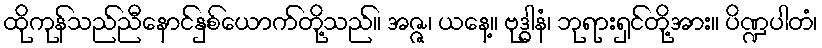
ထိုကုန်သည်ညီနောင်နှစ်ယောက်တို့သည်။ အဇ္ဇ၊ ယနေ့။ ဗုဒ္ဓါနံ၊ ဘုရားရှင်တို့အား။ ပိဏ္ဍပါတံ၊